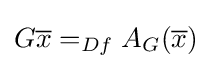
G{\overline {x}}=_{Df}A_{G}({\overline {x}})